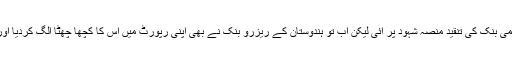
نوٹ بندی پر پہلے تو بین الاقوامی ماہرین معیشت اور پھر عالمی بنک کی تنقید منصۂ شہود پر آئی لیکن اب تو ہندوستان کے ریزرو بنک نے بھی اپنی رپورٹ میں اس کا کچھا چھٹاّ الگ کردیا اور حکومت کے سارے دعووں کی پول کھول کے رکھ دی ہے۔